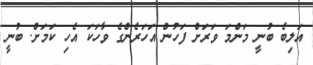
އަލިބެ ބުނީ މަންމަ ވަރަށް ފަހުން އަހަރެންގެ ވާހަކަ އެހި ކަމަށް. ބުނީ